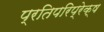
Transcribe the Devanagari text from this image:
प्रतिपरिप्रेक्ष